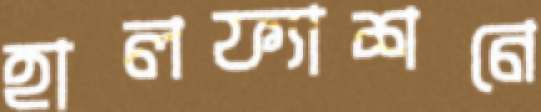
হালফ্যাশনে